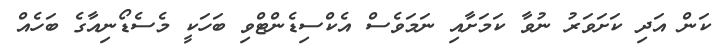
ކަން އަދި ކަށަވަރު ނުވާ ކަމަށާއި ނަމަވެސް އެކްސިޑެންޓްވި ބަހަކީ މެސެޑޯނިއާގެ ބަހެއް